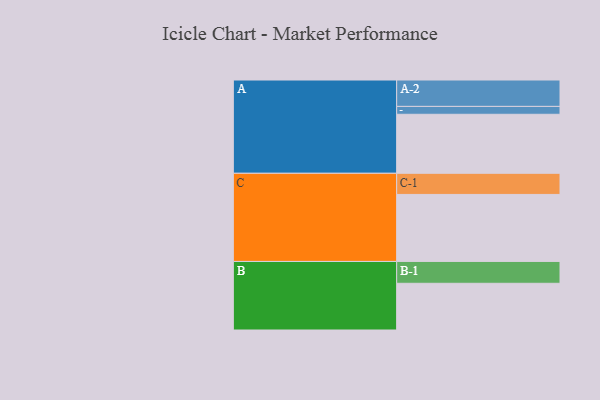
{"axis": {"x": "Segment", "y": "Value"}, "legend": ["", "A", "B", "C"], "data": [{"x": "A", "y": 494, "type": ""}, {"x": "B", "y": 391, "type": ""}, {"x": "C", "y": 561, "type": ""}, {"x": "A-1", "y": 66, "type": "A"}, {"x": "A-2", "y": 221, "type": "A"}, {"x": "B-1", "y": 183, "type": "B"}, {"x": "C-1", "y": 177, "type": "C"}]}